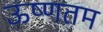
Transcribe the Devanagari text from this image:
ऊष्णतम